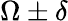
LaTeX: \Omega\pm\delta